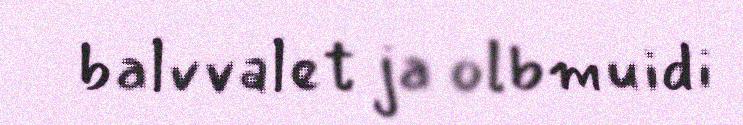
balvvalet ja olbmuidi